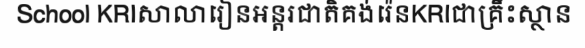
School KRIសាលារៀនអន្តរជាតិគង់រ៉េនKRIជាគ្រឹះស្ថាន